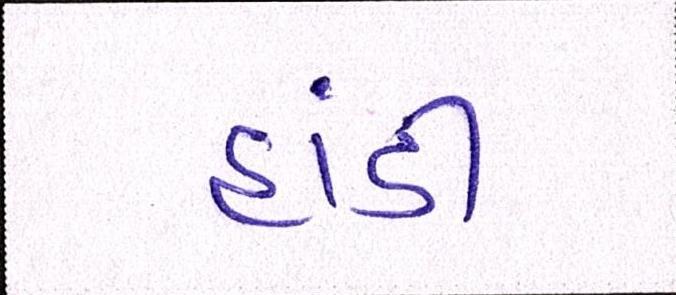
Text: હાંડી